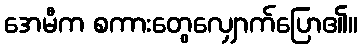
အေမီက စကားတွေလျှောက်ပြော၏။